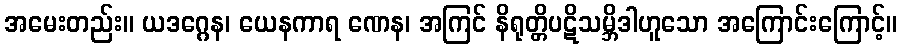
အမေးတည်း။ ယဒဂ္ဂေန၊ ယေနကာရ ဏေန၊ အကြင် နိရုတ္တိပဋိသမ္ဘိဒါဟူသော အကြောင်းကြောင့်။